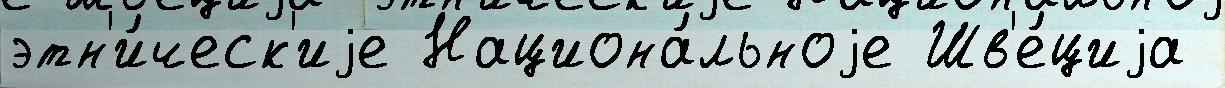
этн'и́ческ'иjе Национа́льноjе Шв'е́циjа